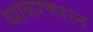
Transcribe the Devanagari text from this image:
व्याकरणरत्न